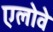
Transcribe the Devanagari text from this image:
एलोवे